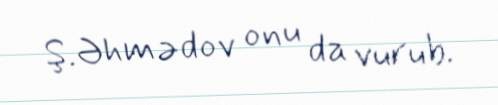
Ş.Əhmədov onu da vurub.